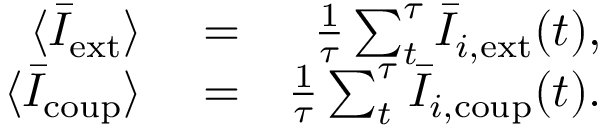
\begin{array} { r l r } { \langle \bar { I } _ { \mathrm { e x t } } \rangle } & { { } = } & { \frac { 1 } { \tau } \sum _ { t } ^ { \tau } \bar { I } _ { i , \mathrm { e x t } } ( t ) , } \\ { \langle \bar { I } _ { \mathrm { c o u p } } \rangle } & { { } = } & { \frac { 1 } { \tau } \sum _ { t } ^ { \tau } \bar { I } _ { i , \mathrm { c o u p } } ( t ) . } \end{array}